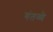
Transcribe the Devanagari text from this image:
गंतव्ये